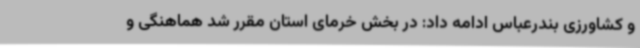
و کشاورزی بندرعباس ادامه داد: در بخش خرمای استان مقرر شد هماهنگی و